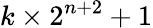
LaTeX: k\times 2^{n+2}+1